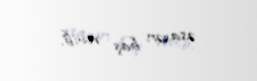
əsasən baş verib.